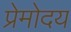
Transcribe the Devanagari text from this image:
प्रेमोदय